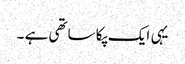
یہی ایک پکا ساتھی ہے ۔